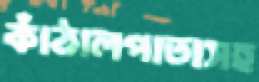
কাঁঠালপাতাসহ